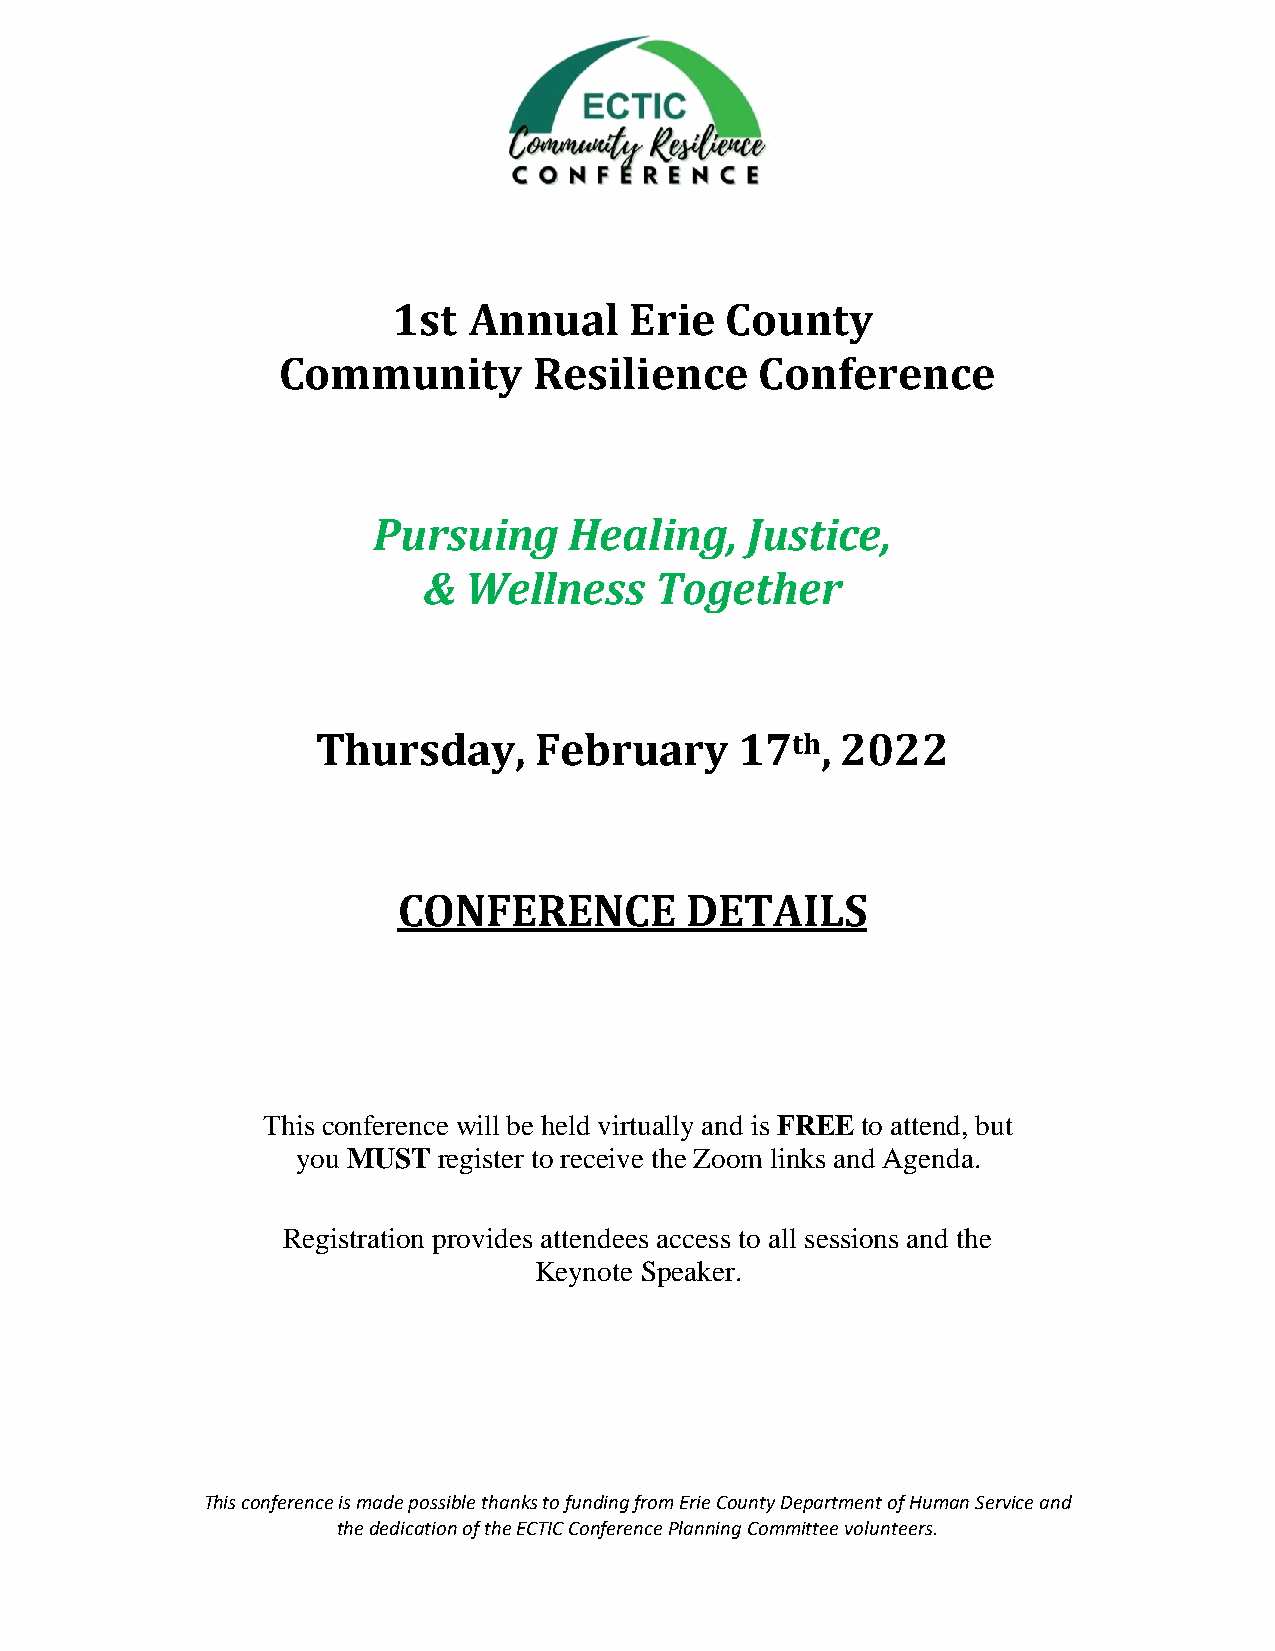
1st  Annual     Erie  County
 Community        Resilience     Conference
 Pursuing     Healing,   Justice,
 &  Wellness    Together
 Thursday,     February      17th,  2022
 CONFERENCE         DETAILS
 This conference will be held virtually and is FREE to attend, but
 you MUST register to receive the Zoom links and Agenda.
 Registration provides attendees access to all sessions and the
 Keynote Speaker.
 This conference is made possible thanks to funding from Erie County Department of Human Service and
 the dedication of the ECTIC Conference Planning Committee volunteers.